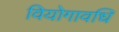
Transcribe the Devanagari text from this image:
वियोगावधि